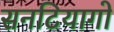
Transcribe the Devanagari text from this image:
सनटियागो